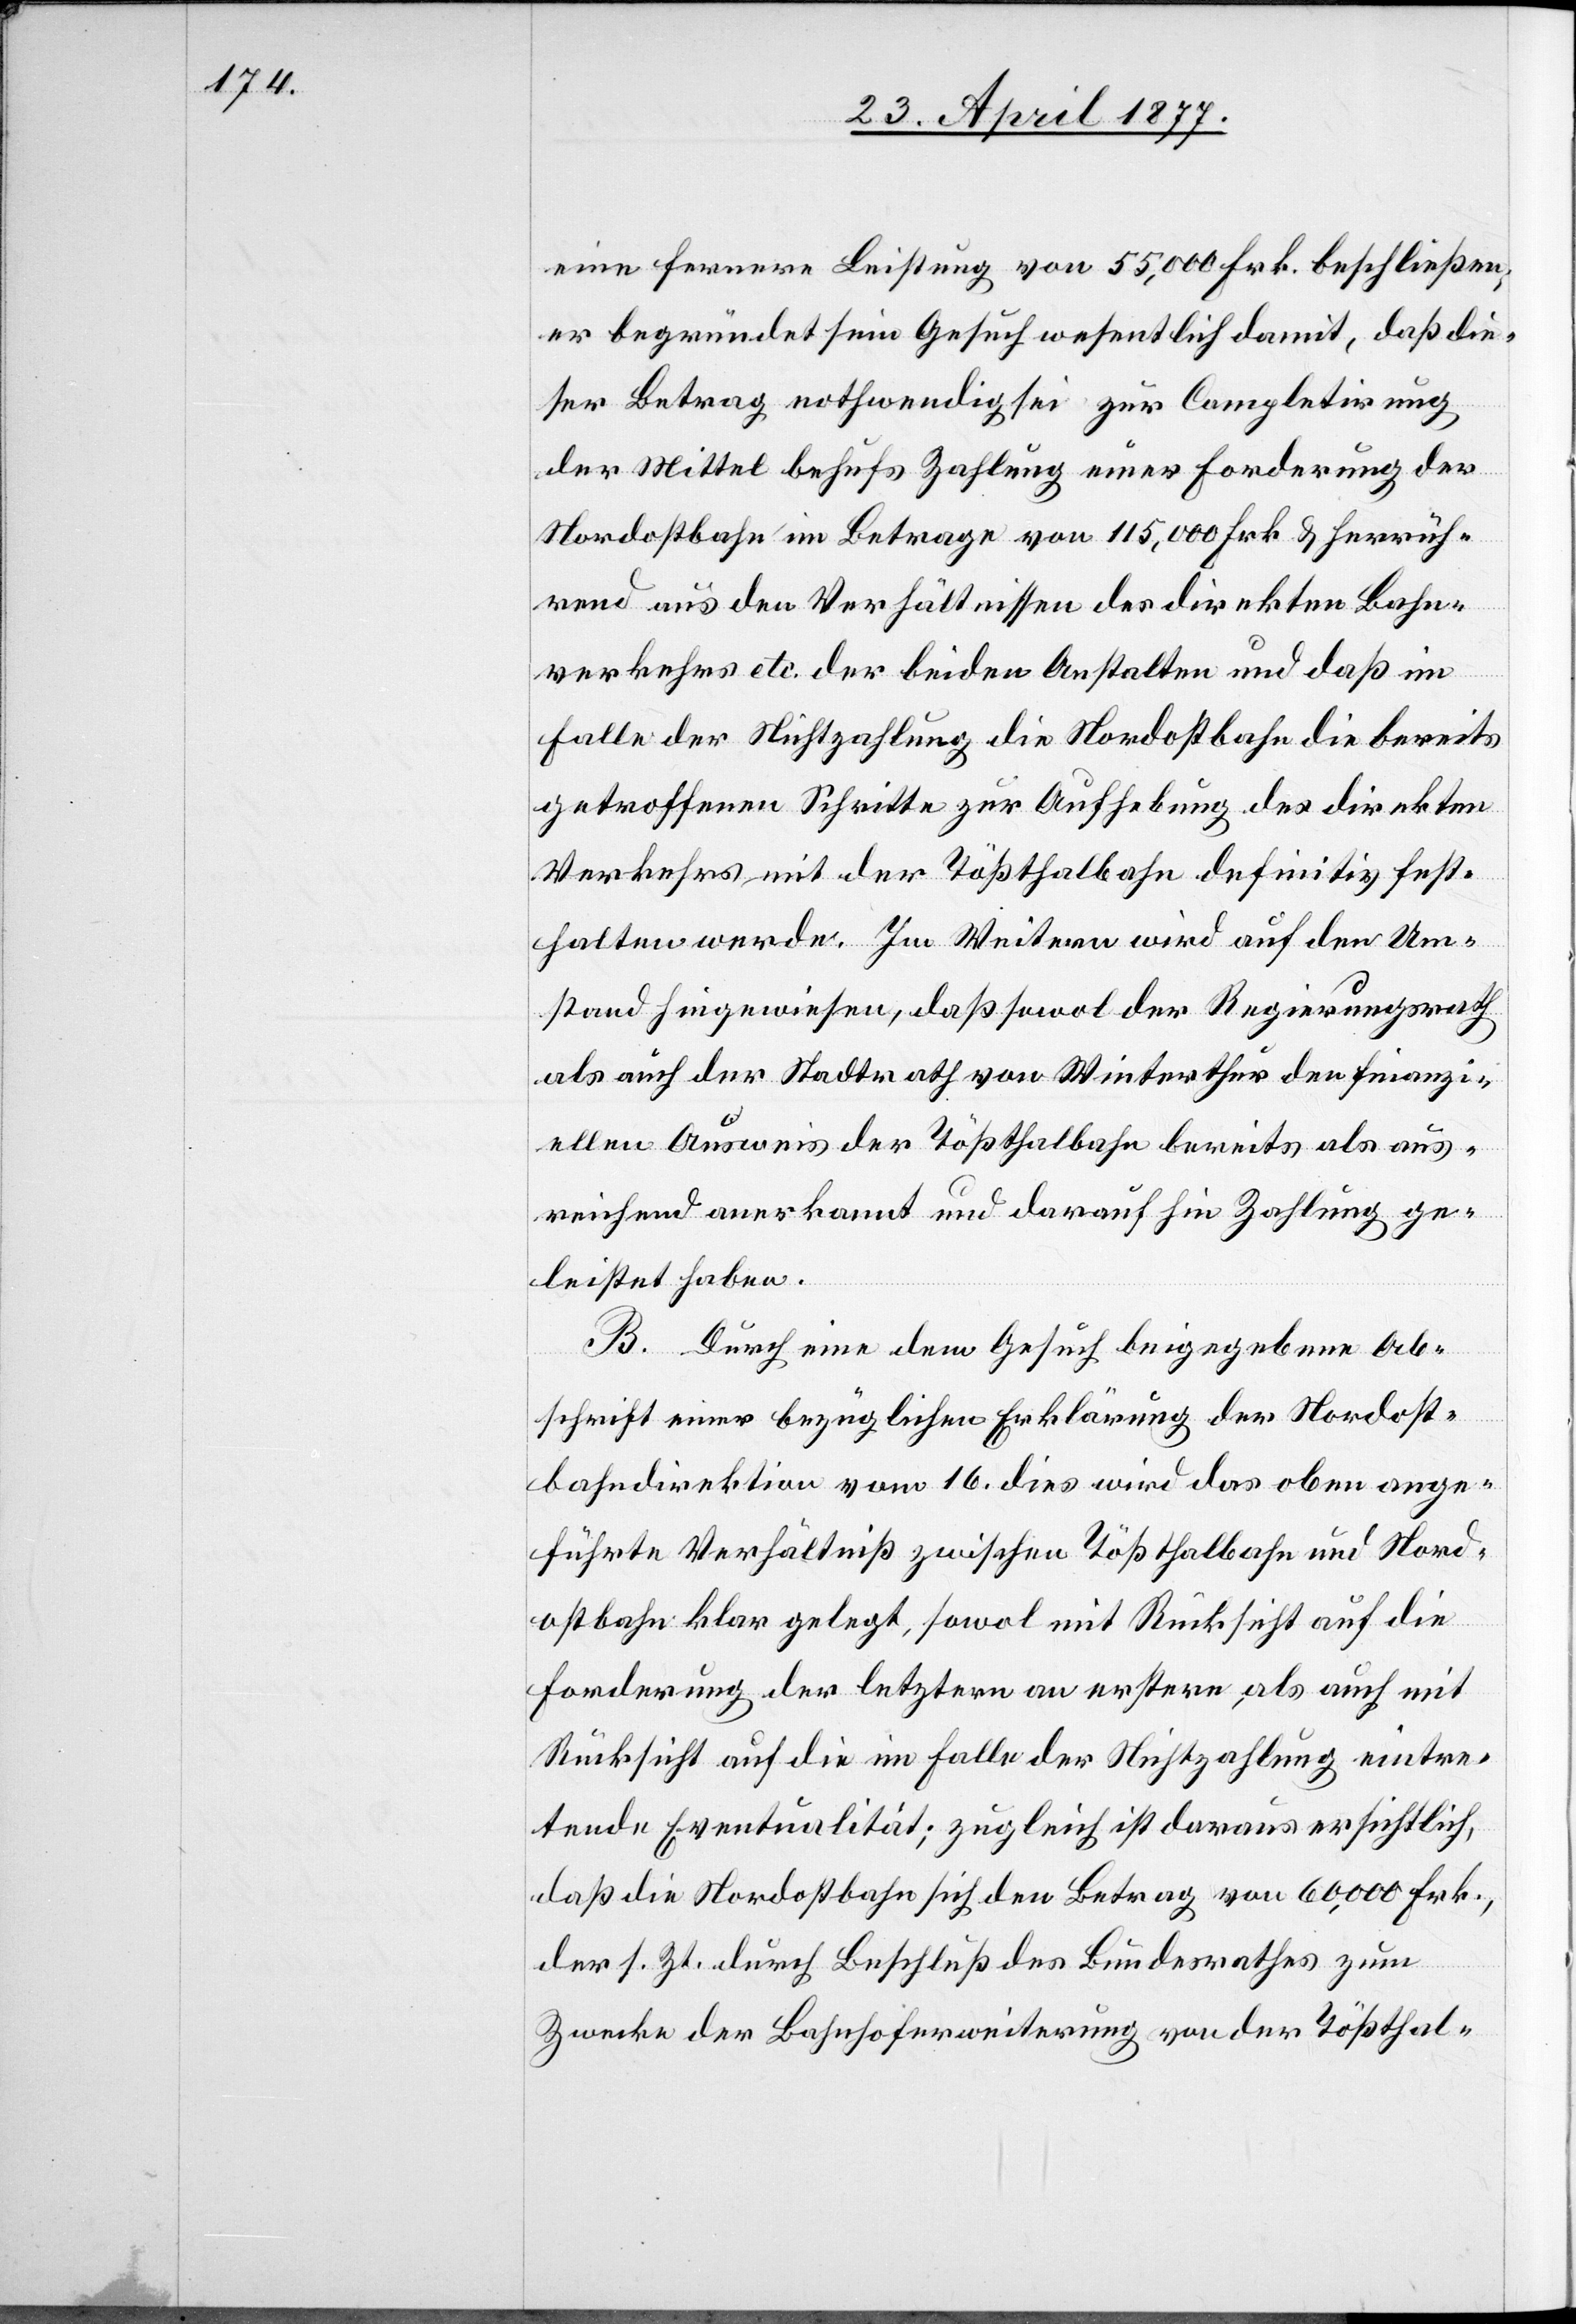
eine fernere Leistung von 55,000 Frk. beschließen;
er begründet sein Gesuch wesentlich damit, daß die¬
ser Betrag nothwendig sei zur Completirung
der Mittel behufs Zahlung einer Forderung der
Nordostbahn im Betrage von 115,000 Frk. & herrüh¬
rend aus den Verhältnissen des direkten Bahn¬
verkehrs etc. der beiden Anstalten und daß im
Falle der Nichtzahlung die Nordostbahn die bereits
getroffenen Schritte zur Aufhebung des direkten
Verkehrs mit der Tößthalbahn definitiv fest¬
halten werde. Im Weitern wird auf den Um¬
stand hingewiesen, daß sowol der Regierungsrath
als auch der Stadtrath von Winterthur den finanzi¬
ellen Ausweis der Tößthalbahn bereits als aus¬
reichend anerkannt und darauf hin Zahlung ge¬
leistet haben.
B. Durch eine dem Gesuch beigegebene Ab¬
schrift einer bezüglichen Erklärung der Nordost¬
bahndirektion vom 16. dies wird das oben ange¬
führte Verhältniß zwischen Tößthalbahn und Nord¬
ostbahn klar gelegt, sowol mit Rücksicht auf die
Forderung der letztern an erstere, als auch mit
Rücksicht auf die im Falle der Nichtzahlung eintre¬
tende Eventualität; zugleich ist daraus ersichtlich,
daß die Nordostbahn sich den Betrag von 60,000 Frk.,
der s. Zt. durch Beschluß des Bundesrathes zum
Zwecke der Bahnhoferweiterung von der Tößthal-